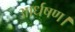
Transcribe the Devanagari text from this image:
आर्धषण।